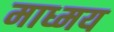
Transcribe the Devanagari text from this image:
माध्मय